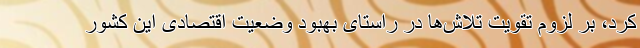
کرد، بر لزوم تقویت تلاش‌ها در راستای بهبود وضعیت اقتصادی این کشور